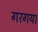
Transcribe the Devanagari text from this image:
गरगया